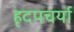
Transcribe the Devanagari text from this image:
हृदपचर्या